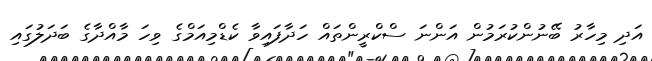
އަދި މިހާރު ބޭނުންކުރަމުން އަންނަ ސްކްރީންތައް ހަދާފައިވާ ކެޑްމިއަމްގެ ވިހަ މާއްދާގެ ބަދަލުގައި